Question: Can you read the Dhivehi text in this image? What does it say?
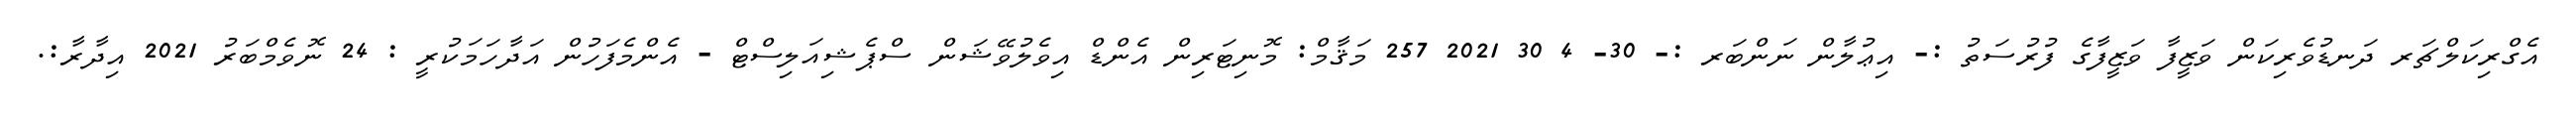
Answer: އެގްރިކަލްޗަރ ދަނޑުވެރިކަން ވަޒީފާ ވަޒީފާގެ ފުރުސަތު :- އިޢުލާން ނަންބަރ :- 30- 4 30 2021 257 މަޤާމް: މޮނިޓަރިން އެންޑް އިވެލުވޭޝަން ސްޕެޝިއަލިސްޓް - އެންމެފަހުން އަދާހަމަކުރީ : 24 ނޮވެމްބަރު 2021 އިދާރާ:.